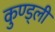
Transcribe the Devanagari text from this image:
कुण्ड्ली